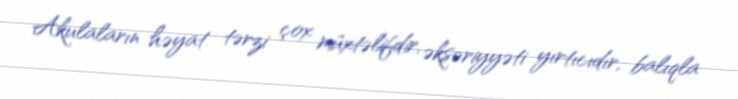
Akulaların həyat tərzi çox müxtəlifdir, əksəriyyəti yırtıcıdır, balıqla